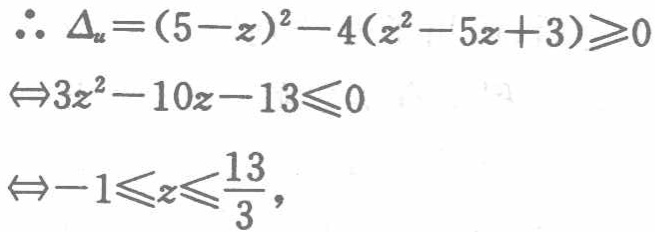
\(\therefore \Delta_{u}=(5 - z)^{2}-4(z^{2}-5z + 3)\geqslant0\)

\(\Leftrightarrow3z^{2}-10z - 13\leqslant0\)

\(\Leftrightarrow - 1\leqslant z\leqslant\frac{13}{3}\)，